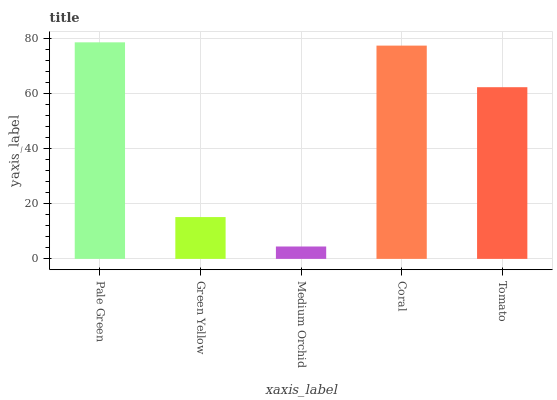
| xaxis_label | bars |
 | --- | --- |
 | Pale Green | 78.5 |
 | Green Yellow | 15.2 |
 | Medium Orchid | 4.49 |
 | Coral | 77.3 |
 | Tomato | 62.3 |